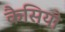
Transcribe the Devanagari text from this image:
कैसियो